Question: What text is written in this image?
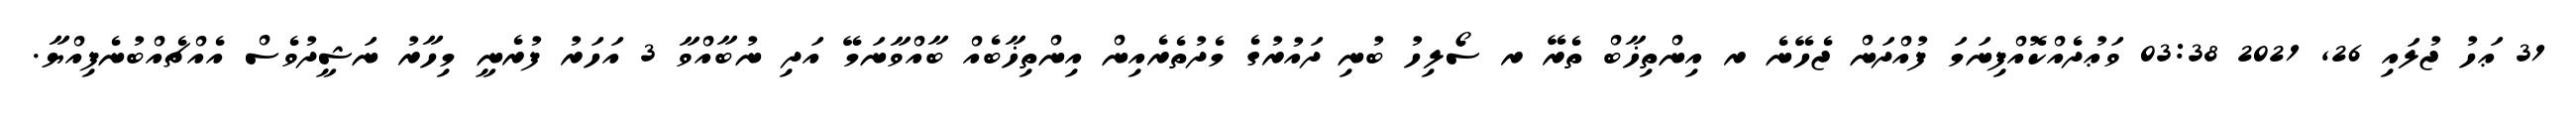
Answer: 31 ޢަހު ޖުލައި 26, 2021 03:38 ވަޢުދެއްކޮއްފިނަމަ ފުއްދަން ޖެހޭނެ ރ އިންތިޚާބް ތެރޭ ރ ސޯލިހު ބުނި ދައުރުގެ މެދުތެރެއިން އިންތިޚާބެއް ބާއްވާނަމޭ އަދި ނުބާއްވާ 3 އަހަރު ފުރެނީ މިހާރު ނަޝީދުވެސް އެއްޗެއްބުނެފިއްޔާ.